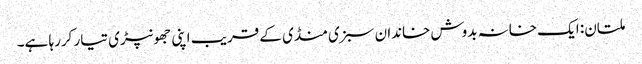
ملتان: ایک خانہ بدوش خاندان سبزی منڈی کے قریب اپنی جھونپڑی تیار کررہا ہے۔